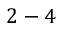
2 - 4